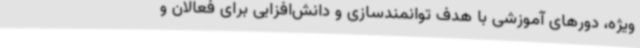
ویژه، دورهای آموزشی با هدف توانمندسازی و دانش‌افزایی برای فعالان و